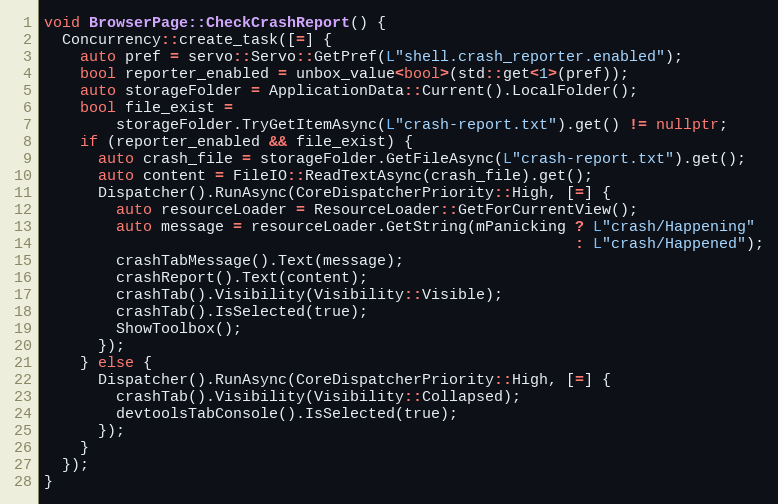
Language: C++
void BrowserPage::CheckCrashReport() {
  Concurrency::create_task([=] {
    auto pref = servo::Servo::GetPref(L"shell.crash_reporter.enabled");
    bool reporter_enabled = unbox_value<bool>(std::get<1>(pref));
    auto storageFolder = ApplicationData::Current().LocalFolder();
    bool file_exist =
        storageFolder.TryGetItemAsync(L"crash-report.txt").get() != nullptr;
    if (reporter_enabled && file_exist) {
      auto crash_file = storageFolder.GetFileAsync(L"crash-report.txt").get();
      auto content = FileIO::ReadTextAsync(crash_file).get();
      Dispatcher().RunAsync(CoreDispatcherPriority::High, [=] {
        auto resourceLoader = ResourceLoader::GetForCurrentView();
        auto message = resourceLoader.GetString(mPanicking ? L"crash/Happening"
                                                           : L"crash/Happened");
        crashTabMessage().Text(message);
        crashReport().Text(content);
        crashTab().Visibility(Visibility::Visible);
        crashTab().IsSelected(true);
        ShowToolbox();
      });
    } else {
      Dispatcher().RunAsync(CoreDispatcherPriority::High, [=] {
        crashTab().Visibility(Visibility::Collapsed);
        devtoolsTabConsole().IsSelected(true);
      });
    }
  });
}